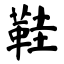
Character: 鞋